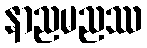
နာညမညဿ